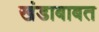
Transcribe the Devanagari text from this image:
खंडाबाबत